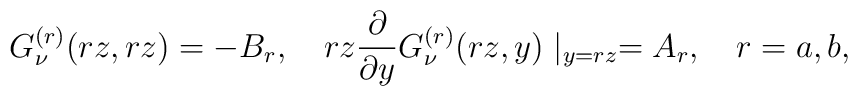
G_{\nu }^{(r)}(rz,rz)=-B_{r},\quad rz\frac{\partial }{\partial y}G_{\nu}^{(r)}(rz,y)\mid _{y=rz}=A_{r},\quad r=a,b,